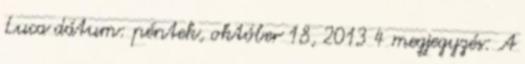
Luca dátum: péntek, október 18, 2013 4 megjegyzés: A